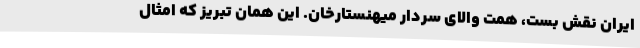
ایران نقش بست، همت والای سردار میهنستارخان. این همان تبریز که امثال